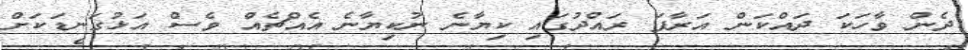
ދެން ވާހަކަ ދައްކަން އަރާފަ ރައްދުގައި ކިޔާނެ ނުކިޔާނެ އެއްޗެއް ވެސް އަޅުގަނޑަކަށް